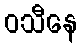
ဝသီနေ